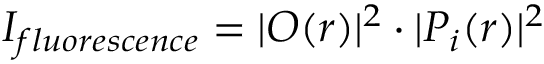
I _ { f l u o r e s c e n c e } = | O ( r ) | ^ { 2 } \cdot | P _ { i } ( r ) | ^ { 2 }